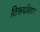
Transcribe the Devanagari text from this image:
तिरूवधिराय